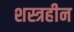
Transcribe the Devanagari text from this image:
शस्त्रहीन